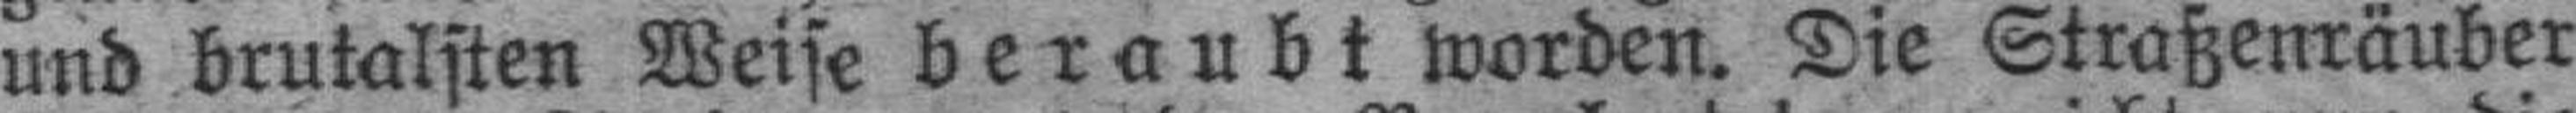
und brutalsten Weise beraubt worden. Die Straßenräuber